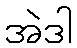
အဲဒါ